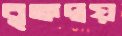
বৃক্কদ্বয়